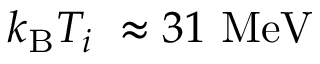
k _ { \mathrm { B } } T _ { i } ~ \approx 3 1 ~ \mathrm { { M e V } }